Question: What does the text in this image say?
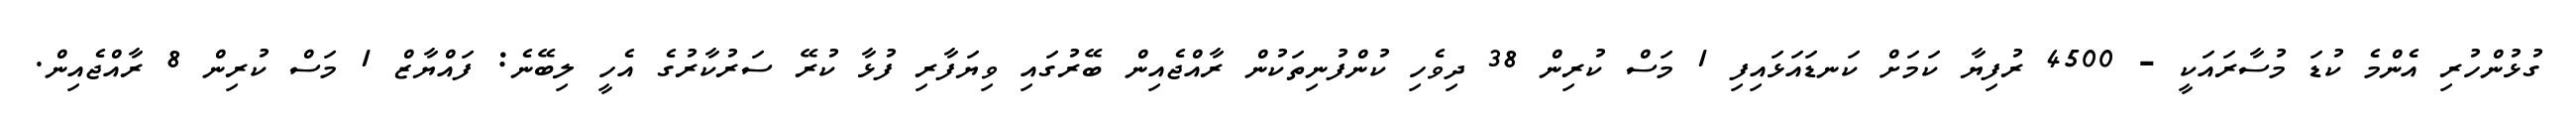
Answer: ގުޅުންހުރި އެންމެ ކުޑަ މުސާރައަކީ - 4500 ރުފިޔާ ކަމަށް ކަނޑައަޅައިފި 1 މަސް ކުރިން 38 ދިވެހި ކުންފުނިތަކުން ރާއްޖެއިން ބޭރުގައި ވިޔަފާރި ފުޅާ ކުރޭ ސަރުކާރުގެ އެހީ ލިބޭނެ: ފައްޔާޒް 1 މަސް ކުރިން 8 ރާއްޖެއިން.